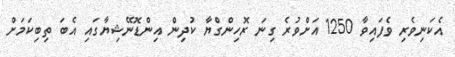
އެކަނިވެރި ވެފައިވާ 1250 އަށްވުރެ ގިނަ ރޮހިންގްޔާ ކުދިން އިންޑޮނޭޝިޔާގައި އެބަ ތިބިކަމަށް